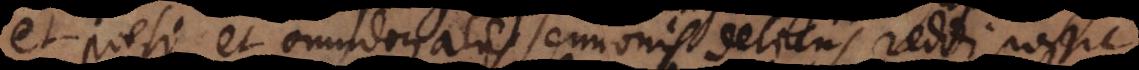
et poesi, et omnibus aliis sermonis deliciis reddi possit